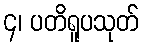
၄၊ ပတိရူပသုတ်